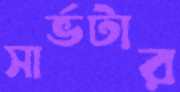
সার্ভটার